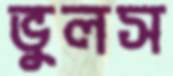
ভুলস